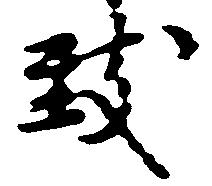
致